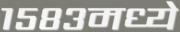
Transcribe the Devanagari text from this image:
१५८३मध्ये